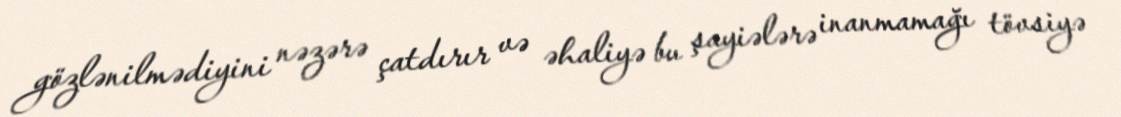
gözlənilmədiyini nəzərə çatdırır və əhaliyə bu şayiələrə inanmamağı tövsiyə